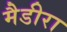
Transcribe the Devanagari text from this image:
मैडीरा